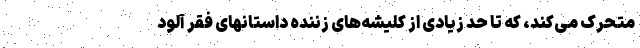
متحرک می‌کند، که تا حد زیادی از کلیشه‌های زننده داستانهای فقر آلود